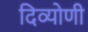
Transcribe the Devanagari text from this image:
दिव्योणी